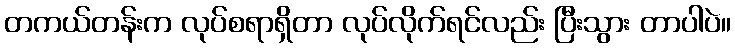
တကယ်တန်းက လုပ်စရာရှိတာ လုပ်လိုက်ရင်လည်း ပြီးသွား တာပါပဲ။